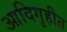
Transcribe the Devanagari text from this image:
आदिगृहीत